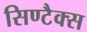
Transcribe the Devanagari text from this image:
सिण्टैक्स